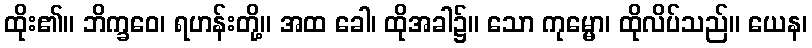
ထိုး၏။ ဘိက္ခဝေ၊ ရဟန်းတို့။ အထ ခေါ၊ ထိုအခါ၌။ သော ကုမ္မော၊ ထိုလိပ်သည်။ ယေန၊